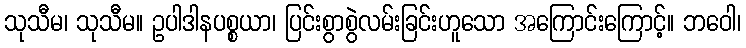
သုသီမ၊ သုသီမ။ ဥပါဒါနပစ္စယာ၊ ပြင်းစွာစွဲလမ်းခြင်းဟူသော အကြောင်းကြောင့်။ ဘဝေါ၊